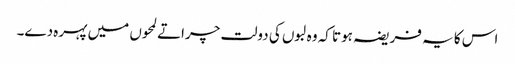
اس کا یہ فریضہ ہوتا کہ وہ لبوں کی دولت چراتے لمحوں میں پہرہ دے۔